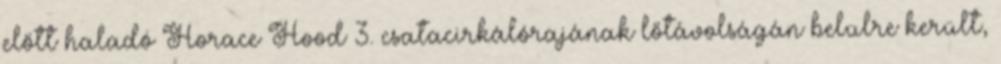
előtt haladó Horace Hood 3. csatacirkálórajának lőtávolságán belülre került,